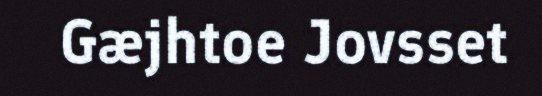
Gæjhtoe Jovsset